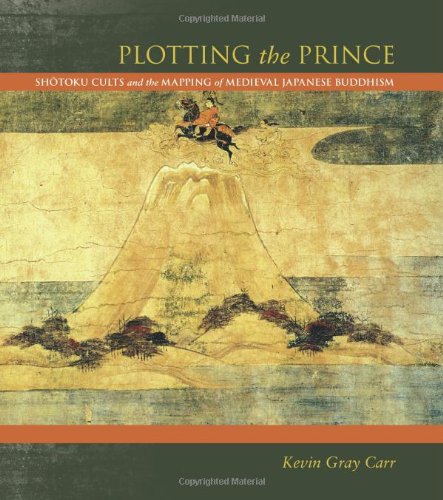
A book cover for Plotting the Prince: Shotoku Cults and the Mapping of Medieval Japanese Buddhism; Kevin Gray Carr; Religion & Spirituality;